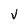
Character: V